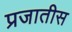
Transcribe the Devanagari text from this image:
प्रजातीस